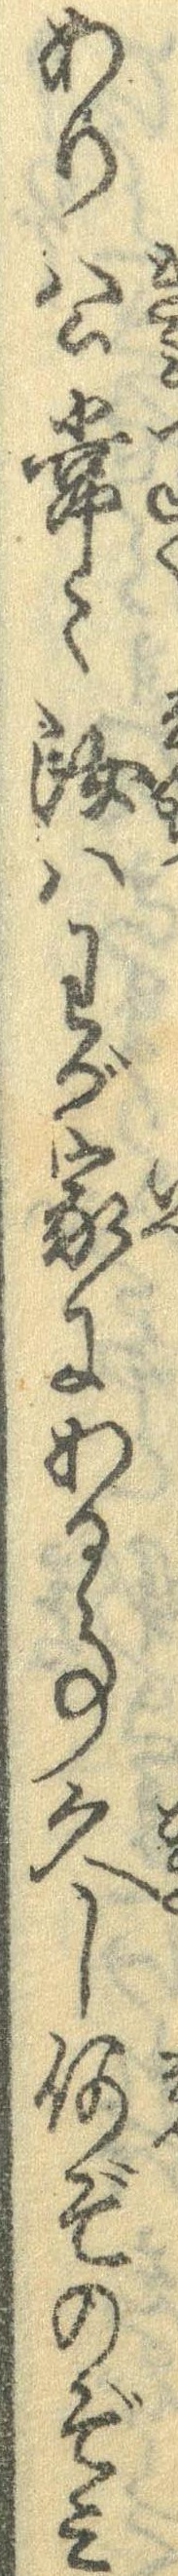
あり公常々汝はわが家にある事久し何ぞのぞみ